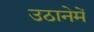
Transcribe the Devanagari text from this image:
उठानेमें